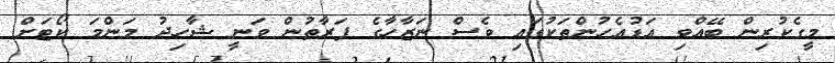
މީގެކުރިން ބޭއްވި އަޑުއެހުންތަކުގައި ވެސް ނަޒާހާގެ ފަރާތުން ވަނީ ޝާހިދު މަންމަ ކޯޓަށް